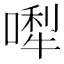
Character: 𠼐